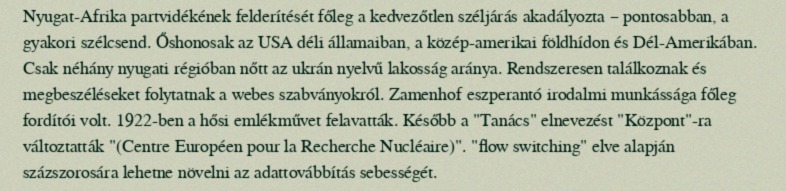
Nyugat-Afrika partvidékének felderítését főleg a kedvezőtlen széljárás akadályozta – pontosabban, a gyakori szélcsend. Őshonosak az USA déli államaiban, a közép-amerikai földhídon és Dél-Amerikában. Csak néhány nyugati régióban nőtt az ukrán nyelvű lakosság aránya. Rendszeresen találkoznak és megbeszéléseket folytatnak a webes szabványokról. Zamenhof eszperantó irodalmi munkássága főleg fordítói volt. 1922-ben a hősi emlékművet felavatták. Később a "Tanács" elnevezést "Központ"-ra változtatták "(Centre Européen pour la Recherche Nucléaire)". "flow switching" elve alapján százszorosára lehetne növelni az adattovábbítás sebességét.